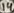
Text: 14